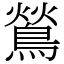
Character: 鶑